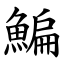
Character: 鯿